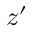
z ^ { \prime }